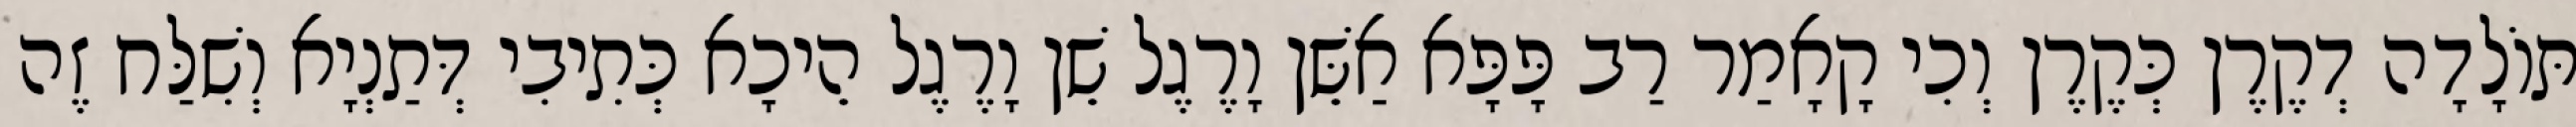
תּוֹלָדָה דְקֶרֶן כְּקֶרֶן וְכִי קָאָמַר רַב פָּפָּא אַשֵּׁן וָרֶגֶל שֵׁן וָרֶגֶל הֵיכָא כְּתִיבִי דְּתַנְיָא וְשִׁלַּח זֶה